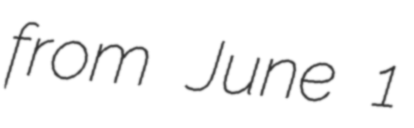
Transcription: from June 1